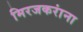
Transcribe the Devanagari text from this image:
मिरजकरांना